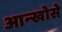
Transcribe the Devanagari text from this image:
आन्खोसे